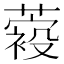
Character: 𦽛